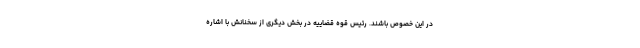
در این خصوص باشند. رئیس قوه قضاییه در بخش دیگری از سخنانش با اشاره